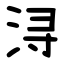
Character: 浔